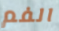
الفم